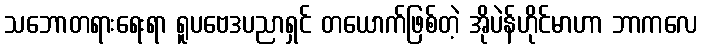
သဘောတရားရေးရာ ရူပဗေဒပညာရှင် တယောက်ဖြစ်တဲ့ အိုပဲန်ဟိုင်မာဟာ ဘာကလေ